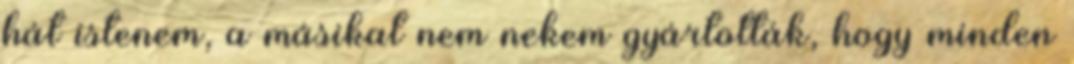
hát istenem, a másikat nem nekem gyártották, hogy minden